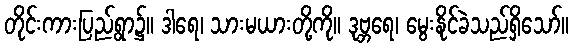
တိုင်းကားပြည်ရွာ၌။ ဒါရေ၊ သားမယားတို့ကို။ ဒုဗ္ဘရေ၊ မွေးနိုင်ခဲသည်ရှိသော်။